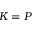
K = P